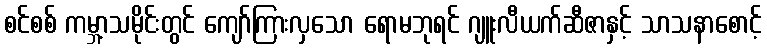
စင်စစ် ကမ္ဘာ့သမိုင်းတွင် ကျော်ကြားလှသော ရောမဘုရင် ဂျူးလီယက်ဆီဇာနှင့် သာသနာစောင့်